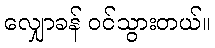
လျှောခန် ဝင်သွားတယ်။